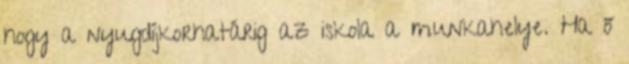
hogy a nyugdíjkorhatárig az iskola a munkahelye. Ha ő